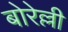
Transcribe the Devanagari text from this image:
बोरेल्ली